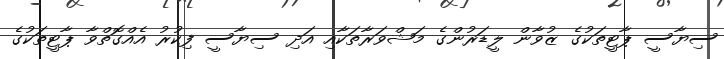
ސިޔާސީ ޕާޓީތަކުގެ ޒުވާން ލީޑަރުންގެ މަޝްވަރާތަކާއި އަދި ސިޔާސީ ފިކުރު އެއްގޮތްވާ ޕާޓީތަކުގެ